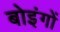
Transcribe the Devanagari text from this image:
बोइंगों